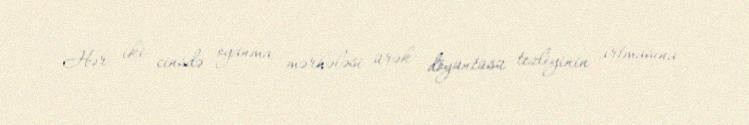
Hər iki cinsdə oyanma mərhələsi ürək döyüntüsü tezliyinin artmasına